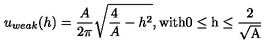
u _ { w e a k } ( h ) = \frac { A } { 2 \pi } \sqrt { \frac { 4 } { A } - h ^ { 2 } } \mathrm { , w i t h 0 \leq h \leq \frac { 2 } { \sqrt { A } } }